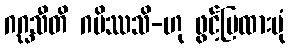
ဂဂ္ဃသီတိ ဂမိဿသိ-ဟု ဖွင့်ပြထားပုံ